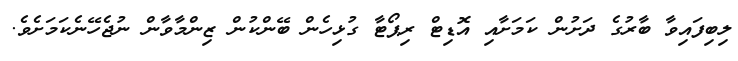
ލިބިފައިވާ ބާރުގެ ދަށުން ކަމަށާއި އޮޑިޓް ރިޕޯޓާ ގުޅިހެން ބޭންކުން ޒިންމާވާން ނުޖެހޭނެކަމަށެވެ.